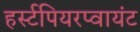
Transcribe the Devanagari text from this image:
हर्स्टपियरप्वायंट